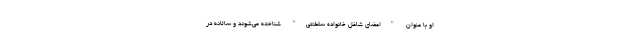
او با عنوان "اعضای شاغل خانواده سلطنتی" شناخته می‌شوند و سالانه در